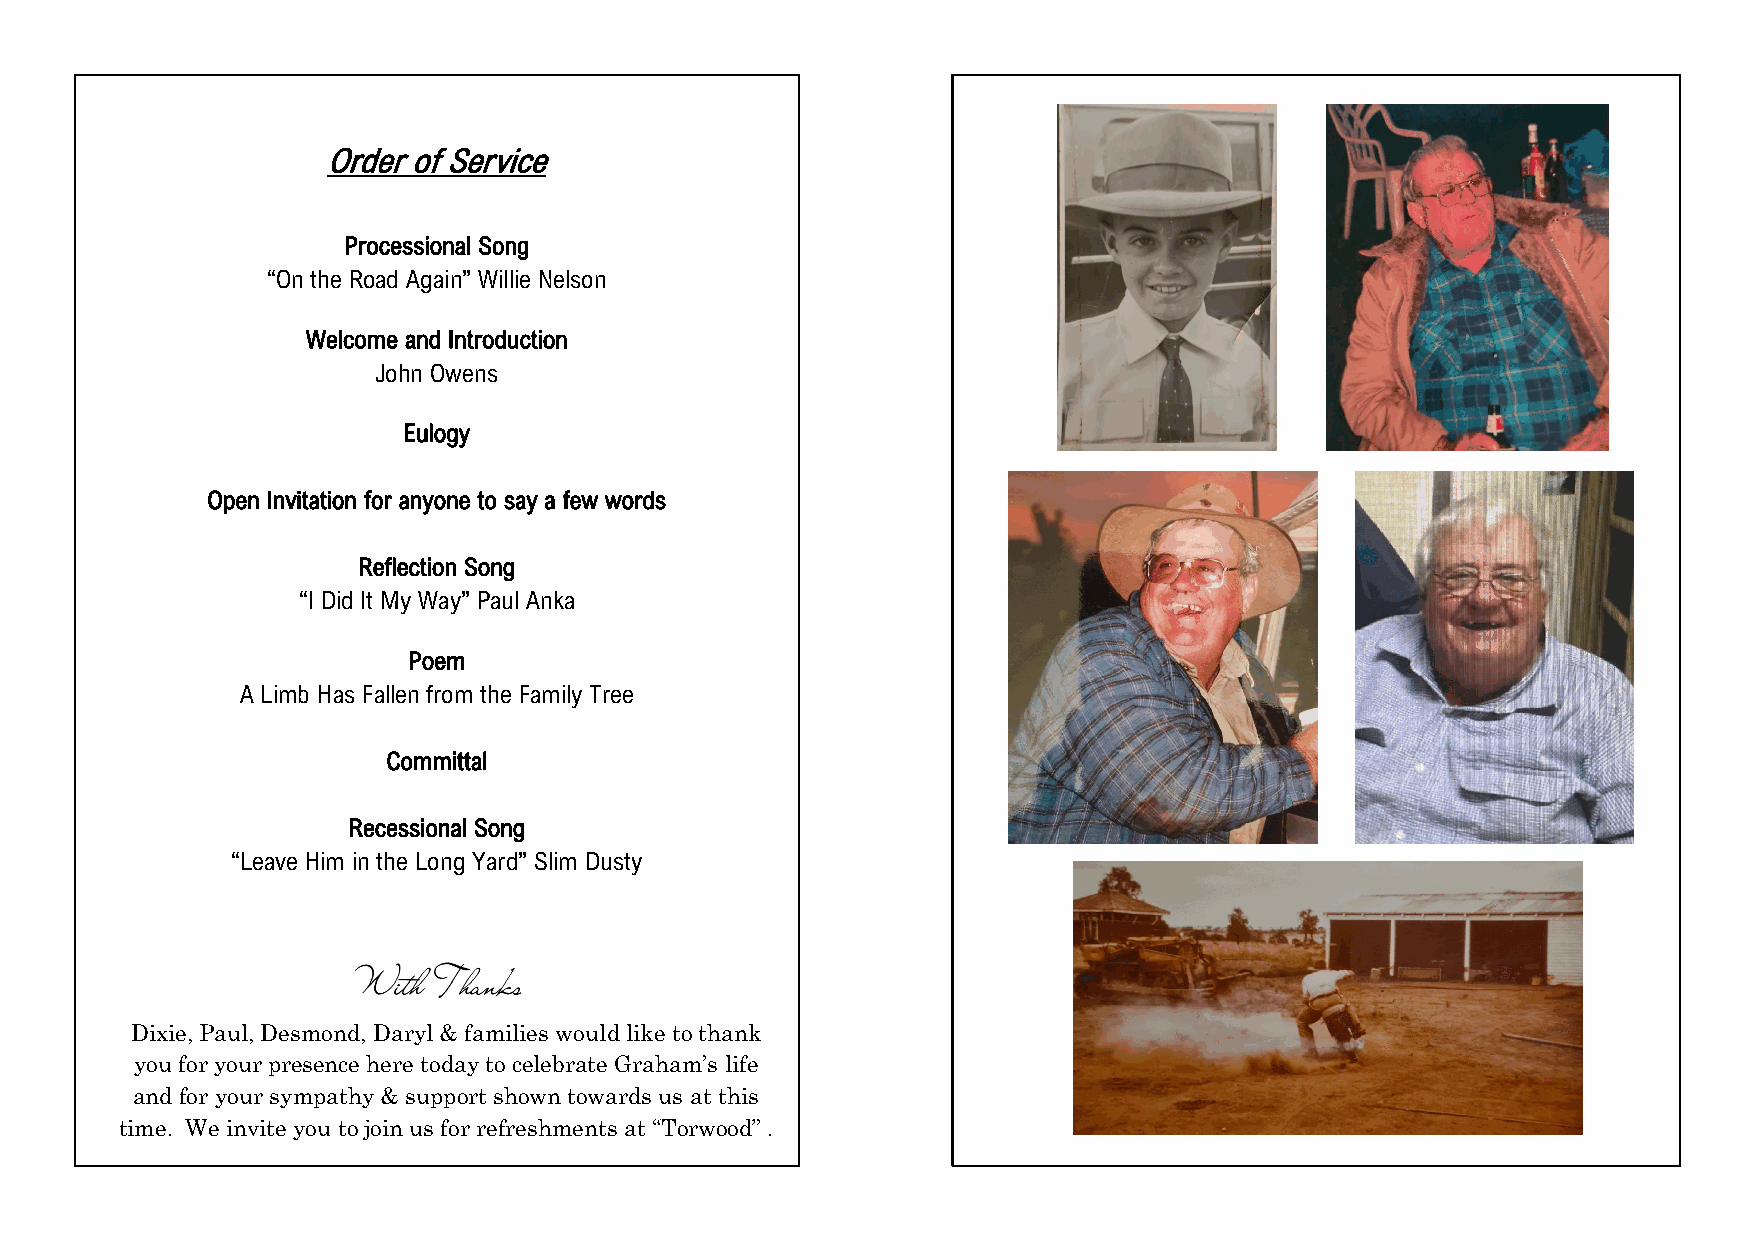
Order of Service
 Processional Song
 “On the Road Again” Willie Nelson
 Welcome and Introduction
 John Owens
 Eulogy
 Open Invitation for anyone to say a few words
 Reflection Song
 “I Did It My Way” Paul Anka
 Poem
 A Limb Has Fallen from the Family Tree
 Committal
 Recessional Song
 “Leave Him in the Long Yard” Slim Dusty
 Dixie, Paul, Desmond, Daryl & families would like to thank
 you for your presence here today to celebrate Graham’s life
 and for your sympathy & support shown towards us at this
 time. We invite you to join us for refreshments at “Torwood” .